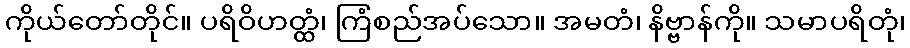
ကိုယ်တော်တိုင်။ ပရိဝိဟတ္ထံ၊ ကြံစည်အပ်သော။ အမတံ၊ နိဗ္ဗာန်ကို။ သမာပရိတုံ၊